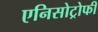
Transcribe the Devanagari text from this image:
एनिसोट्रोफी